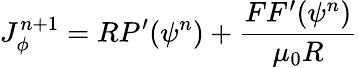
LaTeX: J_{\phi}^{n+1}=RP^{\prime}(\psi^{n})+\frac{FF^{\prime}(\psi^{n})}{\mu_{0}R}